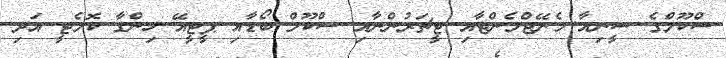
ސްކޫލްގެ ސީނިއާ މެނޭޖްމެންޓާއި ޓީޗަރުންނާއި ސްކޫލް ބޯޑާއި ޕީޓީއޭ ހިންގާ ކޮމެޓީ އަދި